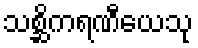
သစ္ဆိကရဏီယေသု